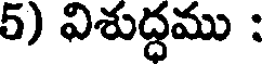
5) విశుద్ధము :